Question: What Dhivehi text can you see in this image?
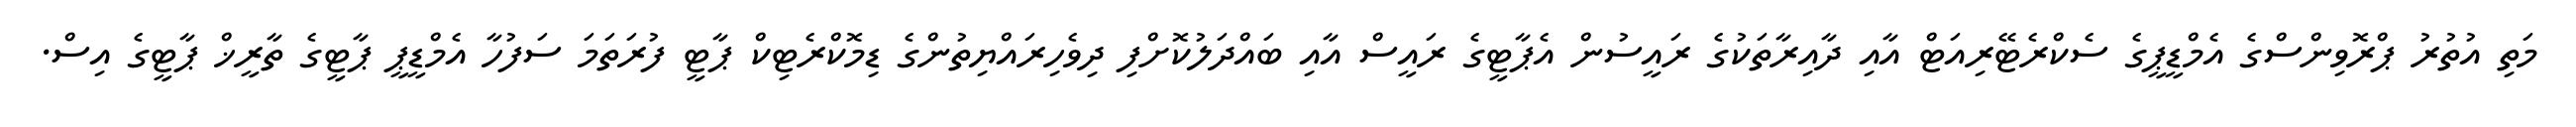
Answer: މަތި އުތުރު ޕްރޮވިންސްގެ އެމްޑީޕީގެ ސެކްރެޓޭރިއަޓް އާއި ދާއިރާތަކުގެ ރައީސުން އެޕާޓީގެ ރައީސް އާއި ބައްދަލުކޮށްފި ދިވެހިރައްޔިތުންގެ ޑިމޮކްރެޓިކް ޕާޓީ ފުރަތަމަ ސަފުހާ އެމްޑީޕީ ޕާޓީގެ ތާރީޚް ޕާޓީގެ އިސް.